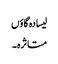
لیسادہ گاؤں
متاثرہ۔